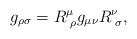
\begin{align*} g_{\rho\sigma} = R^\mu_{\,\,\rho} g_{\mu\nu} R^\nu_{\,\,\sigma} ,\end{align*}